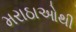
મરાઠાઓથી